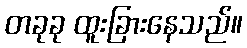
တခုခု ထူးခြားနေသည်။